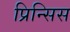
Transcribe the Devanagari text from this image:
प्रिन्सिस